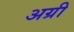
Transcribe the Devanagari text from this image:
अग्री